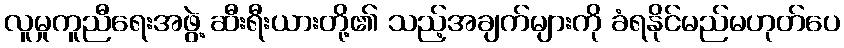
လူမှုကူညီရေးအဖွဲ့ ဆီးရီးယားတို့၏ သည့်အချက်များကို ခံရနိုင်မည်မဟုတ်ပေ